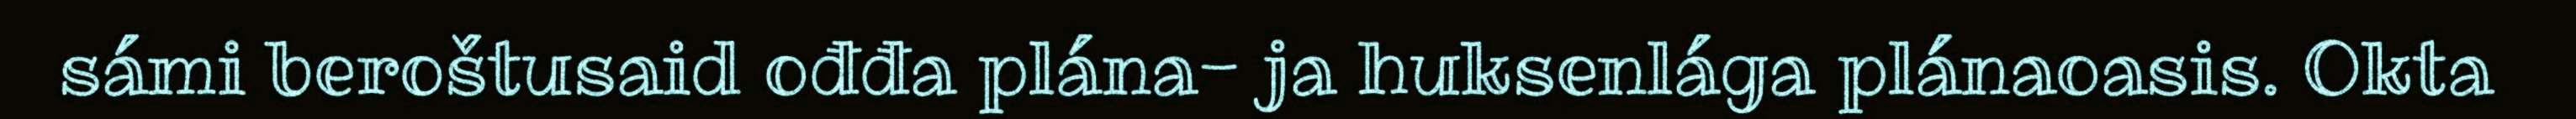
sámi beroštusaid ođđa plána- ja huksenlága plánaoasis. Okta